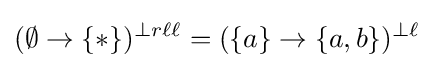
(\emptyset \to \{*\})^{\perp r\ell \ell }=(\{a\}\to \{a,b\})^{\perp \ell }